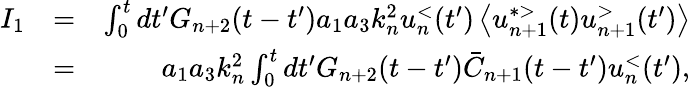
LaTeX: \begin{array}{rlr}{I_{1}}&{=}&{\int_{0}^{t}dt^{\prime}G_{n+2}(t-t^{\prime})a_{1}a_{3}k_{n}^{2}u_{n}^{<}(t^{\prime})\left\langle u_{n+1}^{*>}(t)u_{n+1}^{>}(t^{\prime})\right\rangle}\\ &{=}&{a_{1}a_{3}k_{n}^{2}\int_{0}^{t}dt^{\prime}G_{n+2}(t-t^{\prime})\bar{C}_{n+1}(t-t^{\prime})u_{n}^{<}(t^{\prime}),}\end{array}